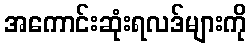
အကောင်းဆုံးရလဒ်များကို